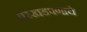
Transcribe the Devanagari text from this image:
परखडपणाचे